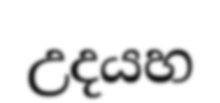
උදයහ